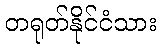
တရုတ်နိုင်ငံသား